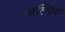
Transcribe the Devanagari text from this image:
अत्धिक